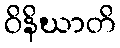
ဝိနိဃာတိ